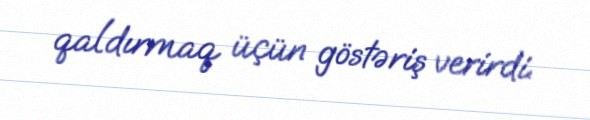
qaldırmaq üçün göstəriş verirdi.